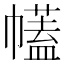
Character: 𢅤